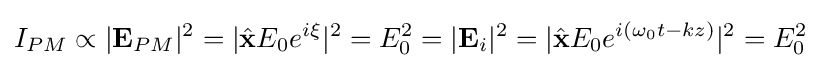
I_{PM}\propto |\mathbf {E} _{PM}|^{2}=|{\hat {\mathbf {x} }}E_{0}e^{i\xi }|^{2}=E_{0}^{2}=|\mathbf {E} _{i}|^{2}=|{\hat {\mathbf {x} }}E_{0}e^{i(\omega _{0}t-kz)}|^{2}=E_{0}^{2}